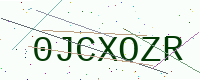
Text: 0JCXOZR